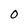
Character: 0